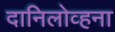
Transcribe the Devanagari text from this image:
दानिलोव्हना